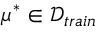
\mu ^ { * } \in \mathcal { D } _ { t r a i n }